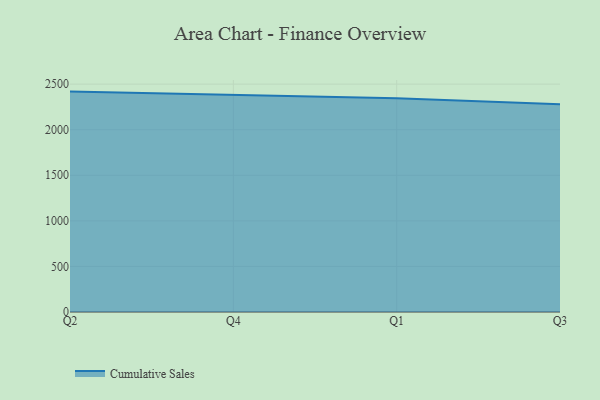
{"axis": {"x": "Quarter", "y": "Population (Million)"}, "legend": ["Cumulative Sales"], "data": [{"x": "Q2", "y": 2418.3, "type": "Cumulative Sales"}, {"x": "Q4", "y": 2377.2, "type": "Cumulative Sales"}, {"x": "Q1", "y": 2344.1, "type": "Cumulative Sales"}, {"x": "Q3", "y": 2279.5, "type": "Cumulative Sales"}]}